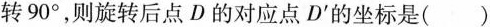
转90°，则旋转后点D的对应点D^{\prime}的坐标是()